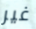
غير